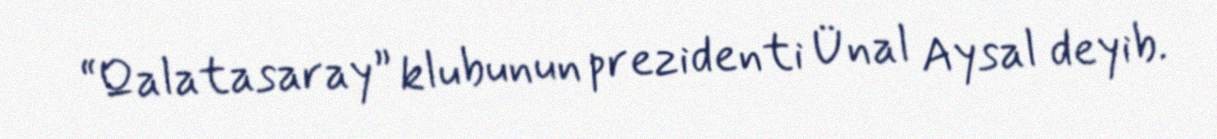
“Qalatasaray” klubunun prezidenti Ünal Aysal deyib.